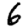
Digit: 6